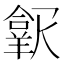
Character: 𱻑